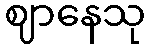
ဈာနေသု